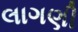
લાગણી